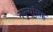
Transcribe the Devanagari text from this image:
नमुन्यांसह